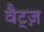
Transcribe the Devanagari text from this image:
वैट्ज़